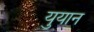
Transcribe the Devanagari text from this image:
युयान